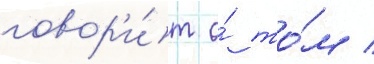
говор'и́т о́ то́м /